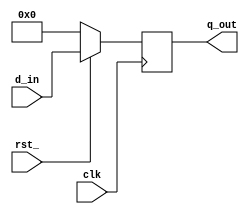
`timescale 1ns / 1ps
//////////////////////////////////////////////////////////////////////////////////
// Company: 
// Engineer: 
// 
// Design Name: 
// Module Name: PIPO
// Project Name: 
// Target Devices: 
// Tool Versions: 
// Description: 
// 
// Dependencies: 
// 
// Revision:
// Revision 0.01 - File Created
// Additional Comments:
// 
//////////////////////////////////////////////////////////////////////////////////


module PIPO(

    input           clk, // clock
    input           rst_, // active low reset
    input [3:0]     d_in, // data in
    output reg [3:0]q_out // data out

);
    
    always @(posedge clk)
     begin
    
            if(!rst_)
    
                 q_out <= 4'd0;
    
            else
    
                  q_out <= d_in;
      end
    
    
endmodule